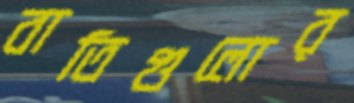
বাতিগুলোর